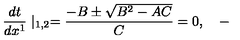
\frac { d t } { d x ^ { 1 } } \mid _ { 1 , 2 } = \frac { - B \pm \sqrt { B ^ { 2 } - A C } } C = 0 , \quad -